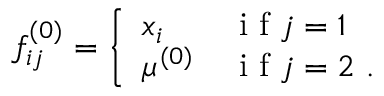
f _ { i j } ^ { ( 0 ) } = \left\{ \begin{array} { l l } { x _ { i } } & { \mathrm { ~ i ~ f ~ } j = 1 } \\ { \mu ^ { ( 0 ) } } & { \mathrm { ~ i ~ f ~ } j = 2 \ . } \end{array} \right.